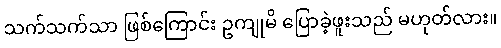
သက်သက်သာ ဖြစ်ကြောင်း ဥကျုမိ ပြောခဲ့ဖူးသည် မဟုတ်လား။